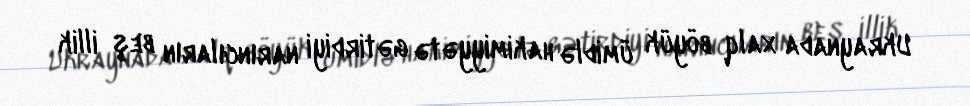
Ukraynada xalq böyük ümidlə hakimiyyətə gətirdiyi narıncıların beş illik